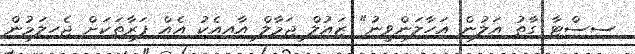
ސިސްޓާ ގާތު އަލުން އަހާލަންވީނު" ޒައުލް ޖަމާލް އާއިއެކު އެއް ފަރާތަކަށް ޖެހިލަމުން